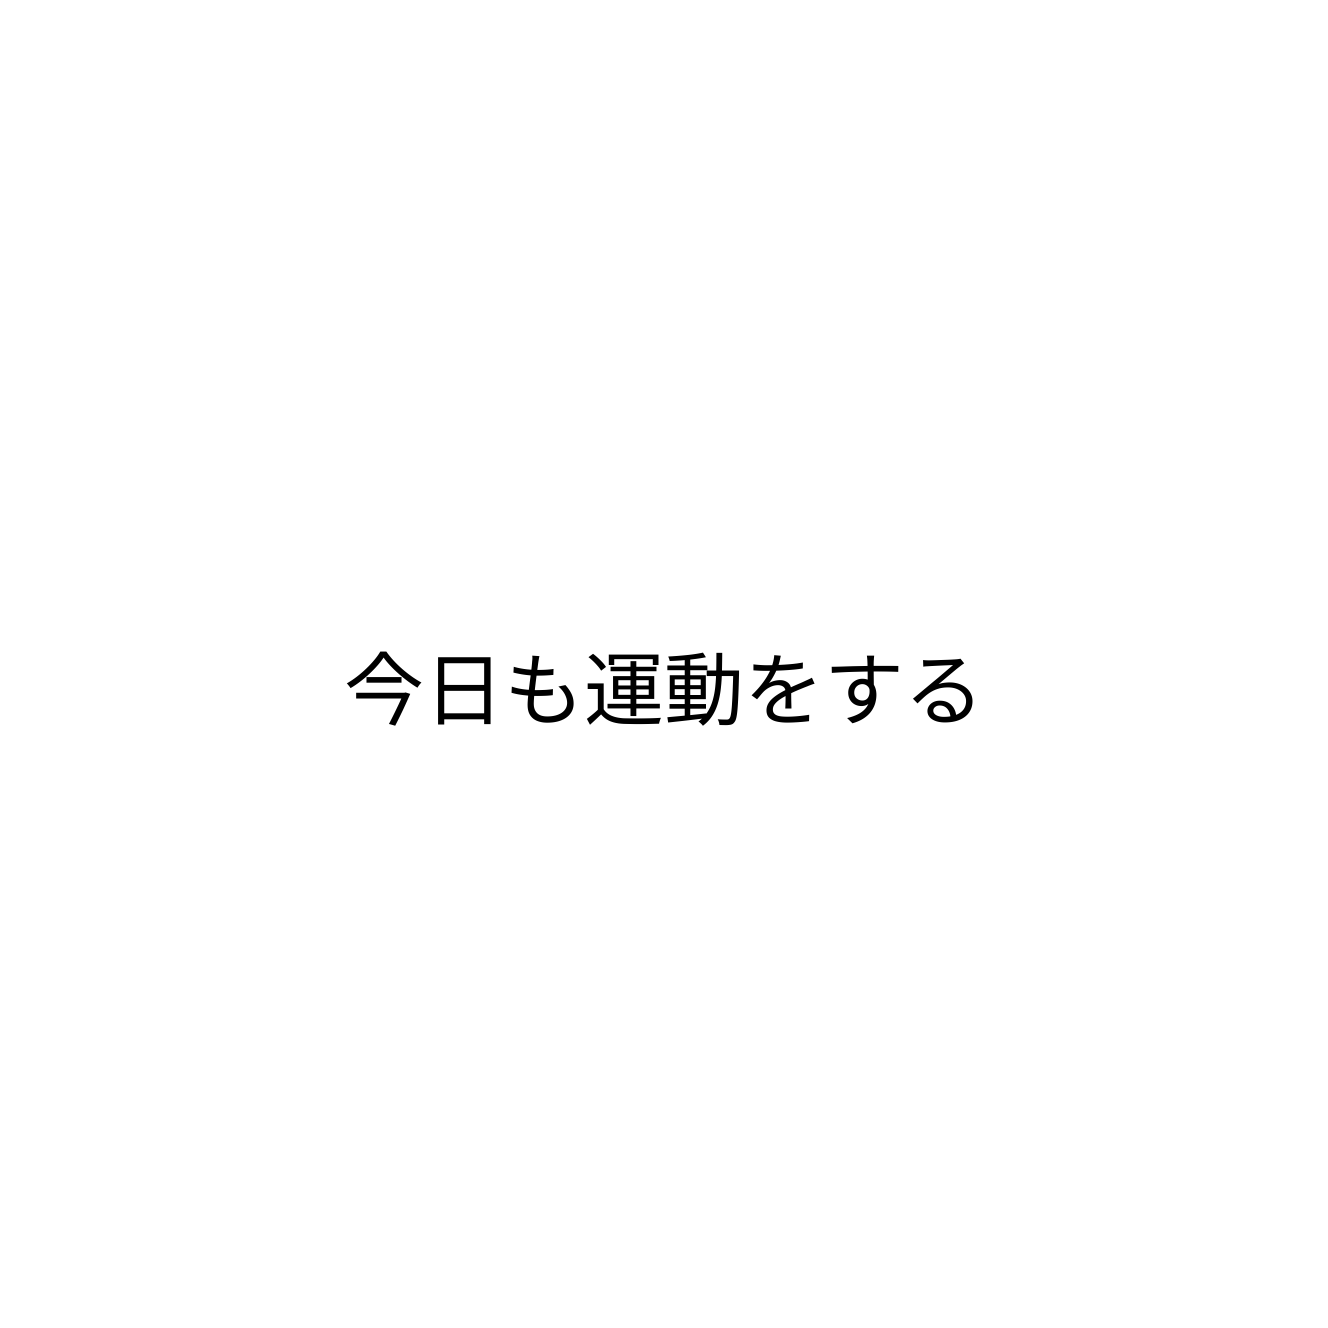
今日も運動をする